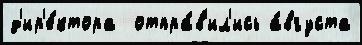
д'ир'е́ктора  отпра́в'ил'ись а́вгуста